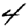
Digit: 4